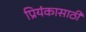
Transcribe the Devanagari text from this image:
प्रियंकासाठी